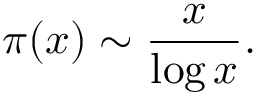
\pi ( x ) \sim { \frac { x } { \log x } } .